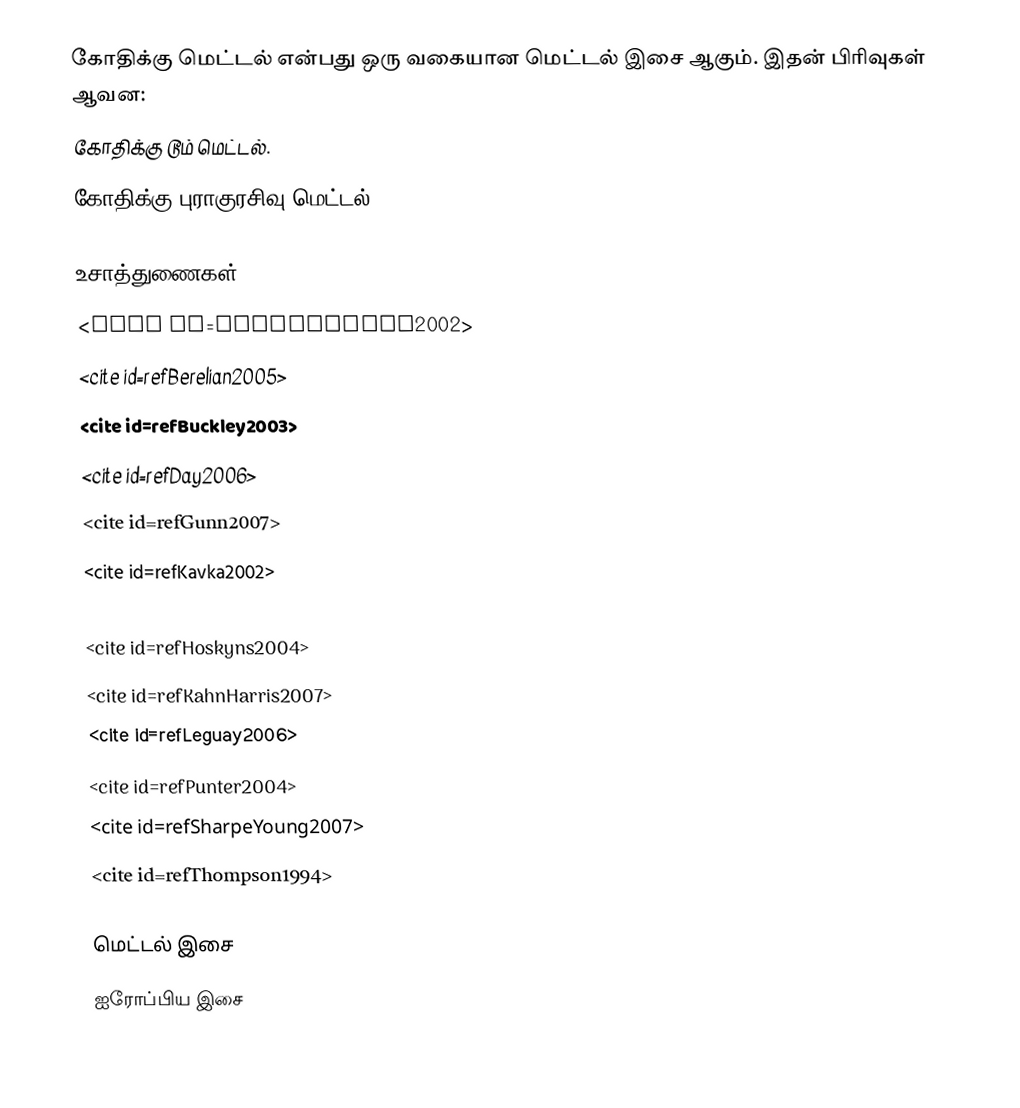
கோதிக்கு மெட்டல் என்பது ஒரு வகையான மெட்டல் இசை ஆகும். இதன் பிரிவுகள் ஆவன:
 கோதிக்கு டூம் மெட்டல்.
 கோதிக்கு புராகுரசிவு மெட்டல்.

உசாத்துணைகள்
 <cite id=refBaddeley2002>
 <cite id=refBerelian2005>
 <cite id=refBuckley2003>
 <cite id=refDay2006>
 <cite id=refGunn2007>
 <cite id=refKavka2002>
 <cite id=refKilpatrick2004>
 <cite id=refHoskyns2004>
 <cite id=refKahnHarris2007>
 <cite id=refLeguay2006>
 <cite id=refPunter2004>
 <cite id=refSharpeYoung2007>
 <cite id=refThompson1994>

மெட்டல் இசை
ஐரோப்பிய இசை